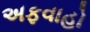
અફવાહો